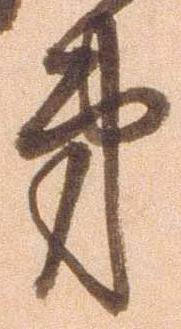
弟